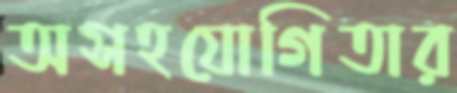
অসহযোগিতার